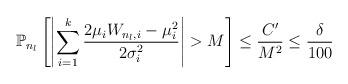
LaTeX: \begin{align*}\mathbb{P}_{n_{l}}\left[ \left| \sum_{i=1}^{k} \frac{2\mu_{i}W_{n_{l},i}- \mu_{i}^2 }{2 \sigma_{i}^2} \right|> M \right]\le \frac{C'}{M^2}\le \frac{\delta}{100}\end{align*}